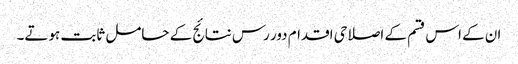
ان کے اس قسم کے اصلاحی اقدام دور رس نتائج کے حامل ثابت ہوتے۔